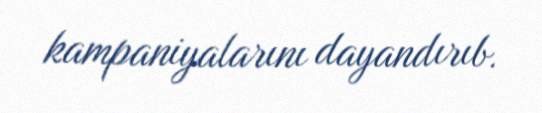
kampaniyalarını dayandırıb.